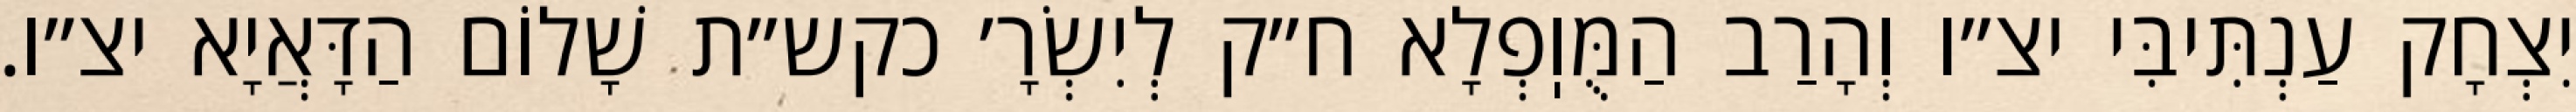
יִצְחָק עַנְתִּיבִּי יצ״ו וְהָרַב הַמֻּוֽפְלָא ח״ק לְיִשְׂרָ׳ כקש״ת שָׁלוֹם הַדָּאֲיָא יצ״ו.